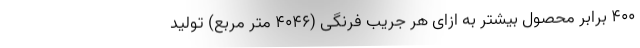
۴۰۰ برابر محصول بیشتر به ازای هر جریب فرنگی (۴۰۴۶ متر مربع) تولید